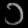
Digit: ၁